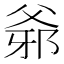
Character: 𤕓